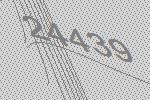
24439